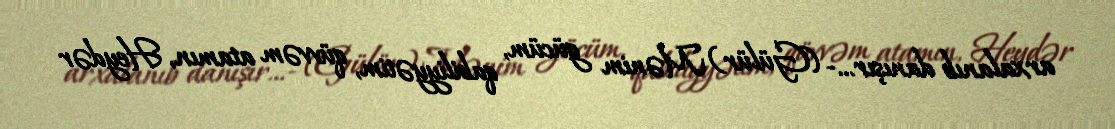
arxalanıb danışır...- (Gülür) Mənim gücüm, qabiliyyətim, qüvvəm atamın, Heydər